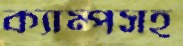
ক্যাম্পসহ